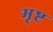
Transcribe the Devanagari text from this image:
मृष्ट